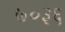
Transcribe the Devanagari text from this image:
७०३६